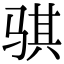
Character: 骐